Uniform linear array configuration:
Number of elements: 16
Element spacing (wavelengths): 0.5
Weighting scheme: hann
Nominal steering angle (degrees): -15
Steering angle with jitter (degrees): -16.862
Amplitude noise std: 0.05
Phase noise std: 0.05

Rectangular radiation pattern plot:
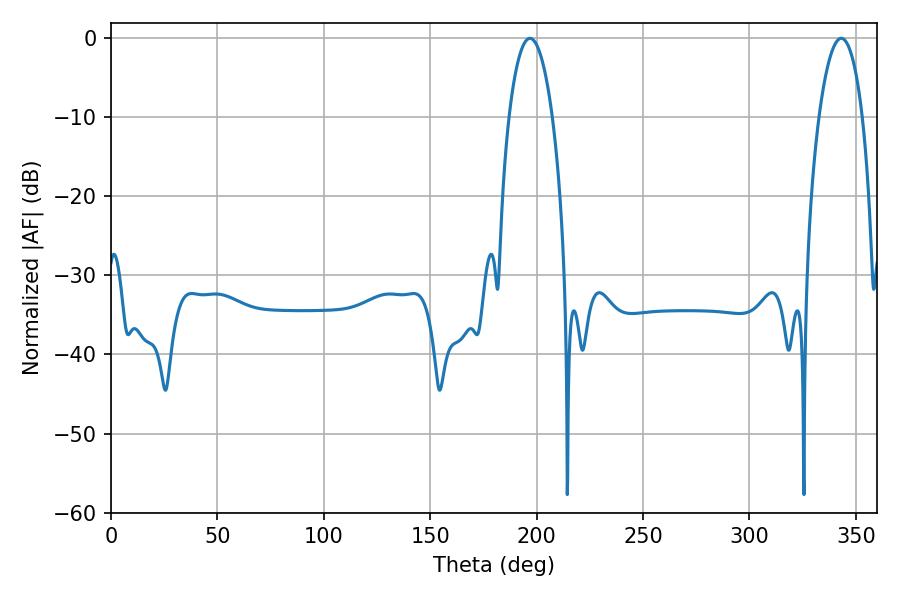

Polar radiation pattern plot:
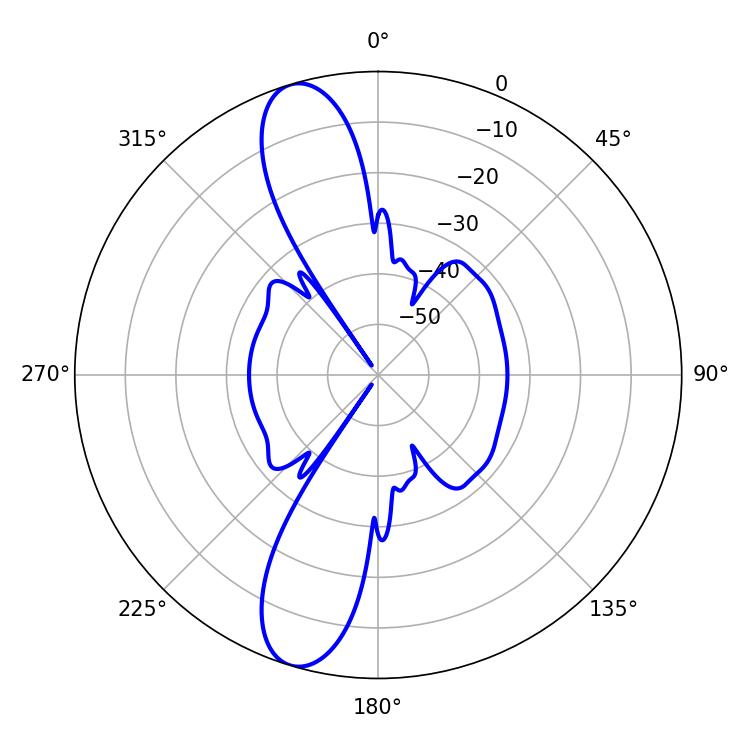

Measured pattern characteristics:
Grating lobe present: FALSE
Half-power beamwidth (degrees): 11.52
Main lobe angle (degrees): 343.08